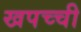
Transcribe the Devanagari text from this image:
खपच्ची